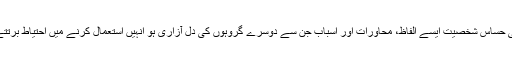
سیاسی حساس شخصیت ایسے الفاظ، محاورات اور اسباب جن سے دوسرے گروہوں کی دِل آزاری ہو انہیں استعمال کرنے میں احتیاط برتتے ہیں۔